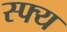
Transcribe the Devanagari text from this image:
स्फ्य